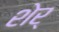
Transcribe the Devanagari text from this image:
शेर्